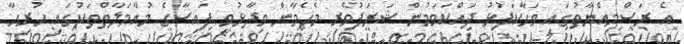
އެ ރަސްމިއްޔާތުގައި ވަހާކަފުޅު ދައްކަވަމުން ޝަރަފުވެރި މެހެމާން ވިދާޅުވީ ފައިސާގެ މުއާމަލާތްތަކުގައި ހުރިހާ